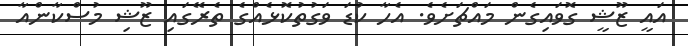
އައީ ޒޫޝީ ގޮވައިގެން މައްޗަށެވެ. އެހާ ކުޑަ ވަގުތުކޮޅެއްގެ ތެރޭގައި ޒޫޝި މުސްކާންއާ